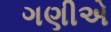
ગણીએ